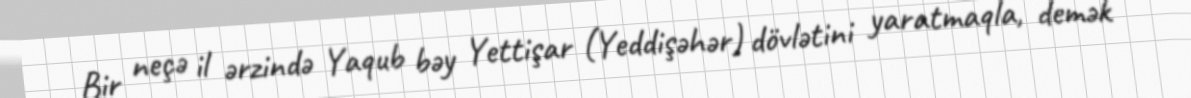
Bir neçə il ərzində Yaqub bəy Yettişar (Yeddişəhər) dövlətini yaratmaqla, demək